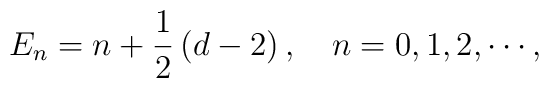
E_{n}=n+\frac{1}{2}\left( d-2\right) ,\quad n=0,1,2,\cdots ,